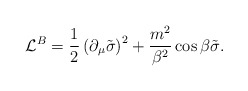
\begin{align*}{\cal L}^B = \frac{1}{2} \left(\partial_{\mu}\tilde{\sigma} \right)^2 + \frac{m^2}{\beta^2} \cos \beta \tilde{\sigma}.\end{align*}